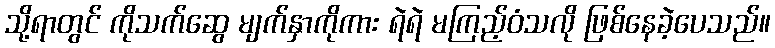
သို့ရာတွင် ကိုသက်ဆွေ မျက်နှာကိုကား ရဲရဲ မကြည့်ဝံသလို ဖြစ်နေခဲ့ပေသည်။